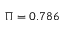
\Pi = 0 . 7 8 6